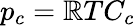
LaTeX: p_{c}=\mathbb{R}TC_{c}